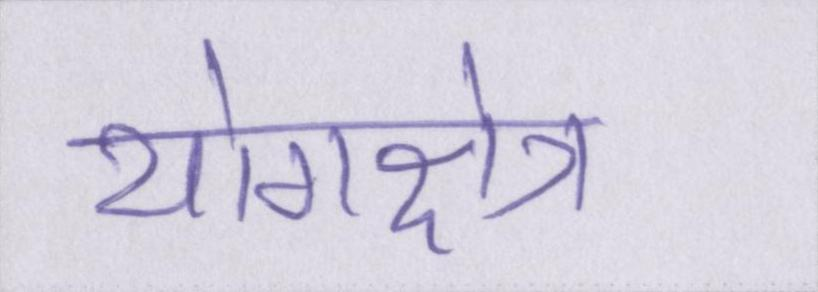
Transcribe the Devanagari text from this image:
योगक्षेत्र